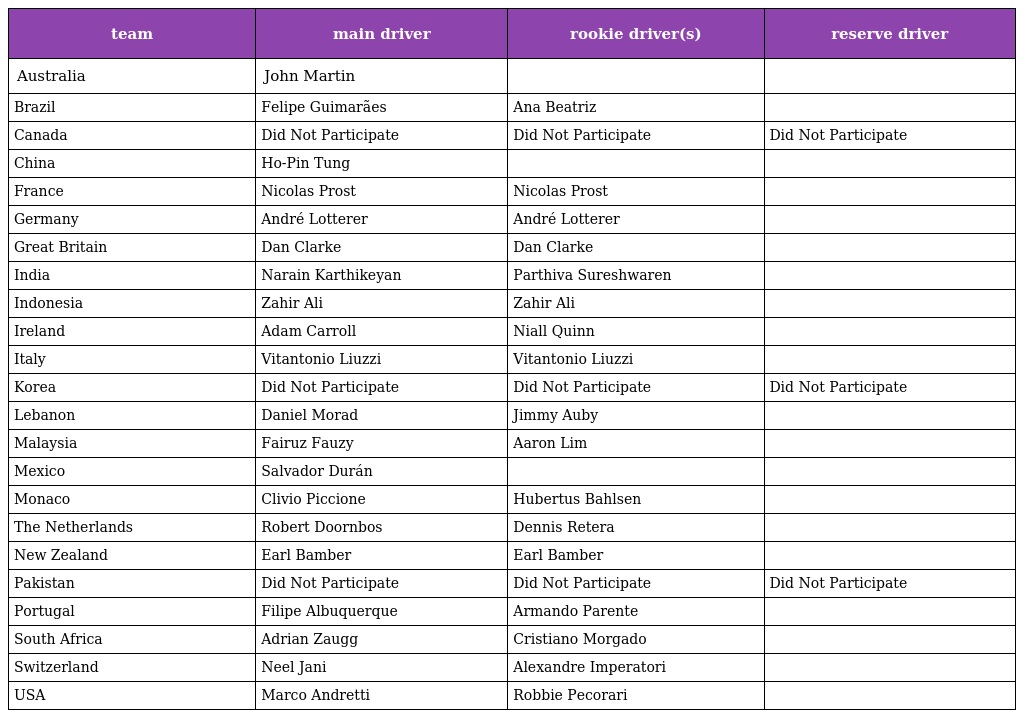
| team | main driver | rookie driver(s) | reserve driver |
 | --- | --- | --- | --- |
 | Australia | John Martin |  |  |
 | Brazil | Felipe Guimarães | Ana Beatriz |  |
 | Canada | Did Not Participate | Did Not Participate | Did Not Participate |
 | China | Ho-Pin Tung |  |  |
 | France | Nicolas Prost | Nicolas Prost |  |
 | Germany | André Lotterer | André Lotterer |  |
 | Great Britain | Dan Clarke | Dan Clarke |  |
 | India | Narain Karthikeyan | Parthiva Sureshwaren |  |
 | Indonesia | Zahir Ali | Zahir Ali |  |
 | Ireland | Adam Carroll | Niall Quinn |  |
 | Italy | Vitantonio Liuzzi | Vitantonio Liuzzi |  |
 | Korea | Did Not Participate | Did Not Participate | Did Not Participate |
 | Lebanon | Daniel Morad | Jimmy Auby |  |
 | Malaysia | Fairuz Fauzy | Aaron Lim |  |
 | Mexico | Salvador Durán |  |  |
 | Monaco | Clivio Piccione | Hubertus Bahlsen |  |
 | The Netherlands | Robert Doornbos | Dennis Retera |  |
 | New Zealand | Earl Bamber | Earl Bamber |  |
 | Pakistan | Did Not Participate | Did Not Participate | Did Not Participate |
 | Portugal | Filipe Albuquerque | Armando Parente |  |
 | South Africa | Adrian Zaugg | Cristiano Morgado |  |
 | Switzerland | Neel Jani | Alexandre Imperatori |  |
 | USA | Marco Andretti | Robbie Pecorari |  |